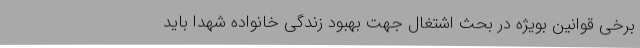
برخی قوانین بویژه در بحث اشتغال جهت بهبود زندگی خانواده شهدا باید